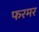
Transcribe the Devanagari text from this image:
फरमर